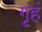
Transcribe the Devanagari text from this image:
गृहं